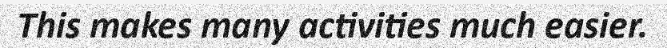
This makes many activities much easier.